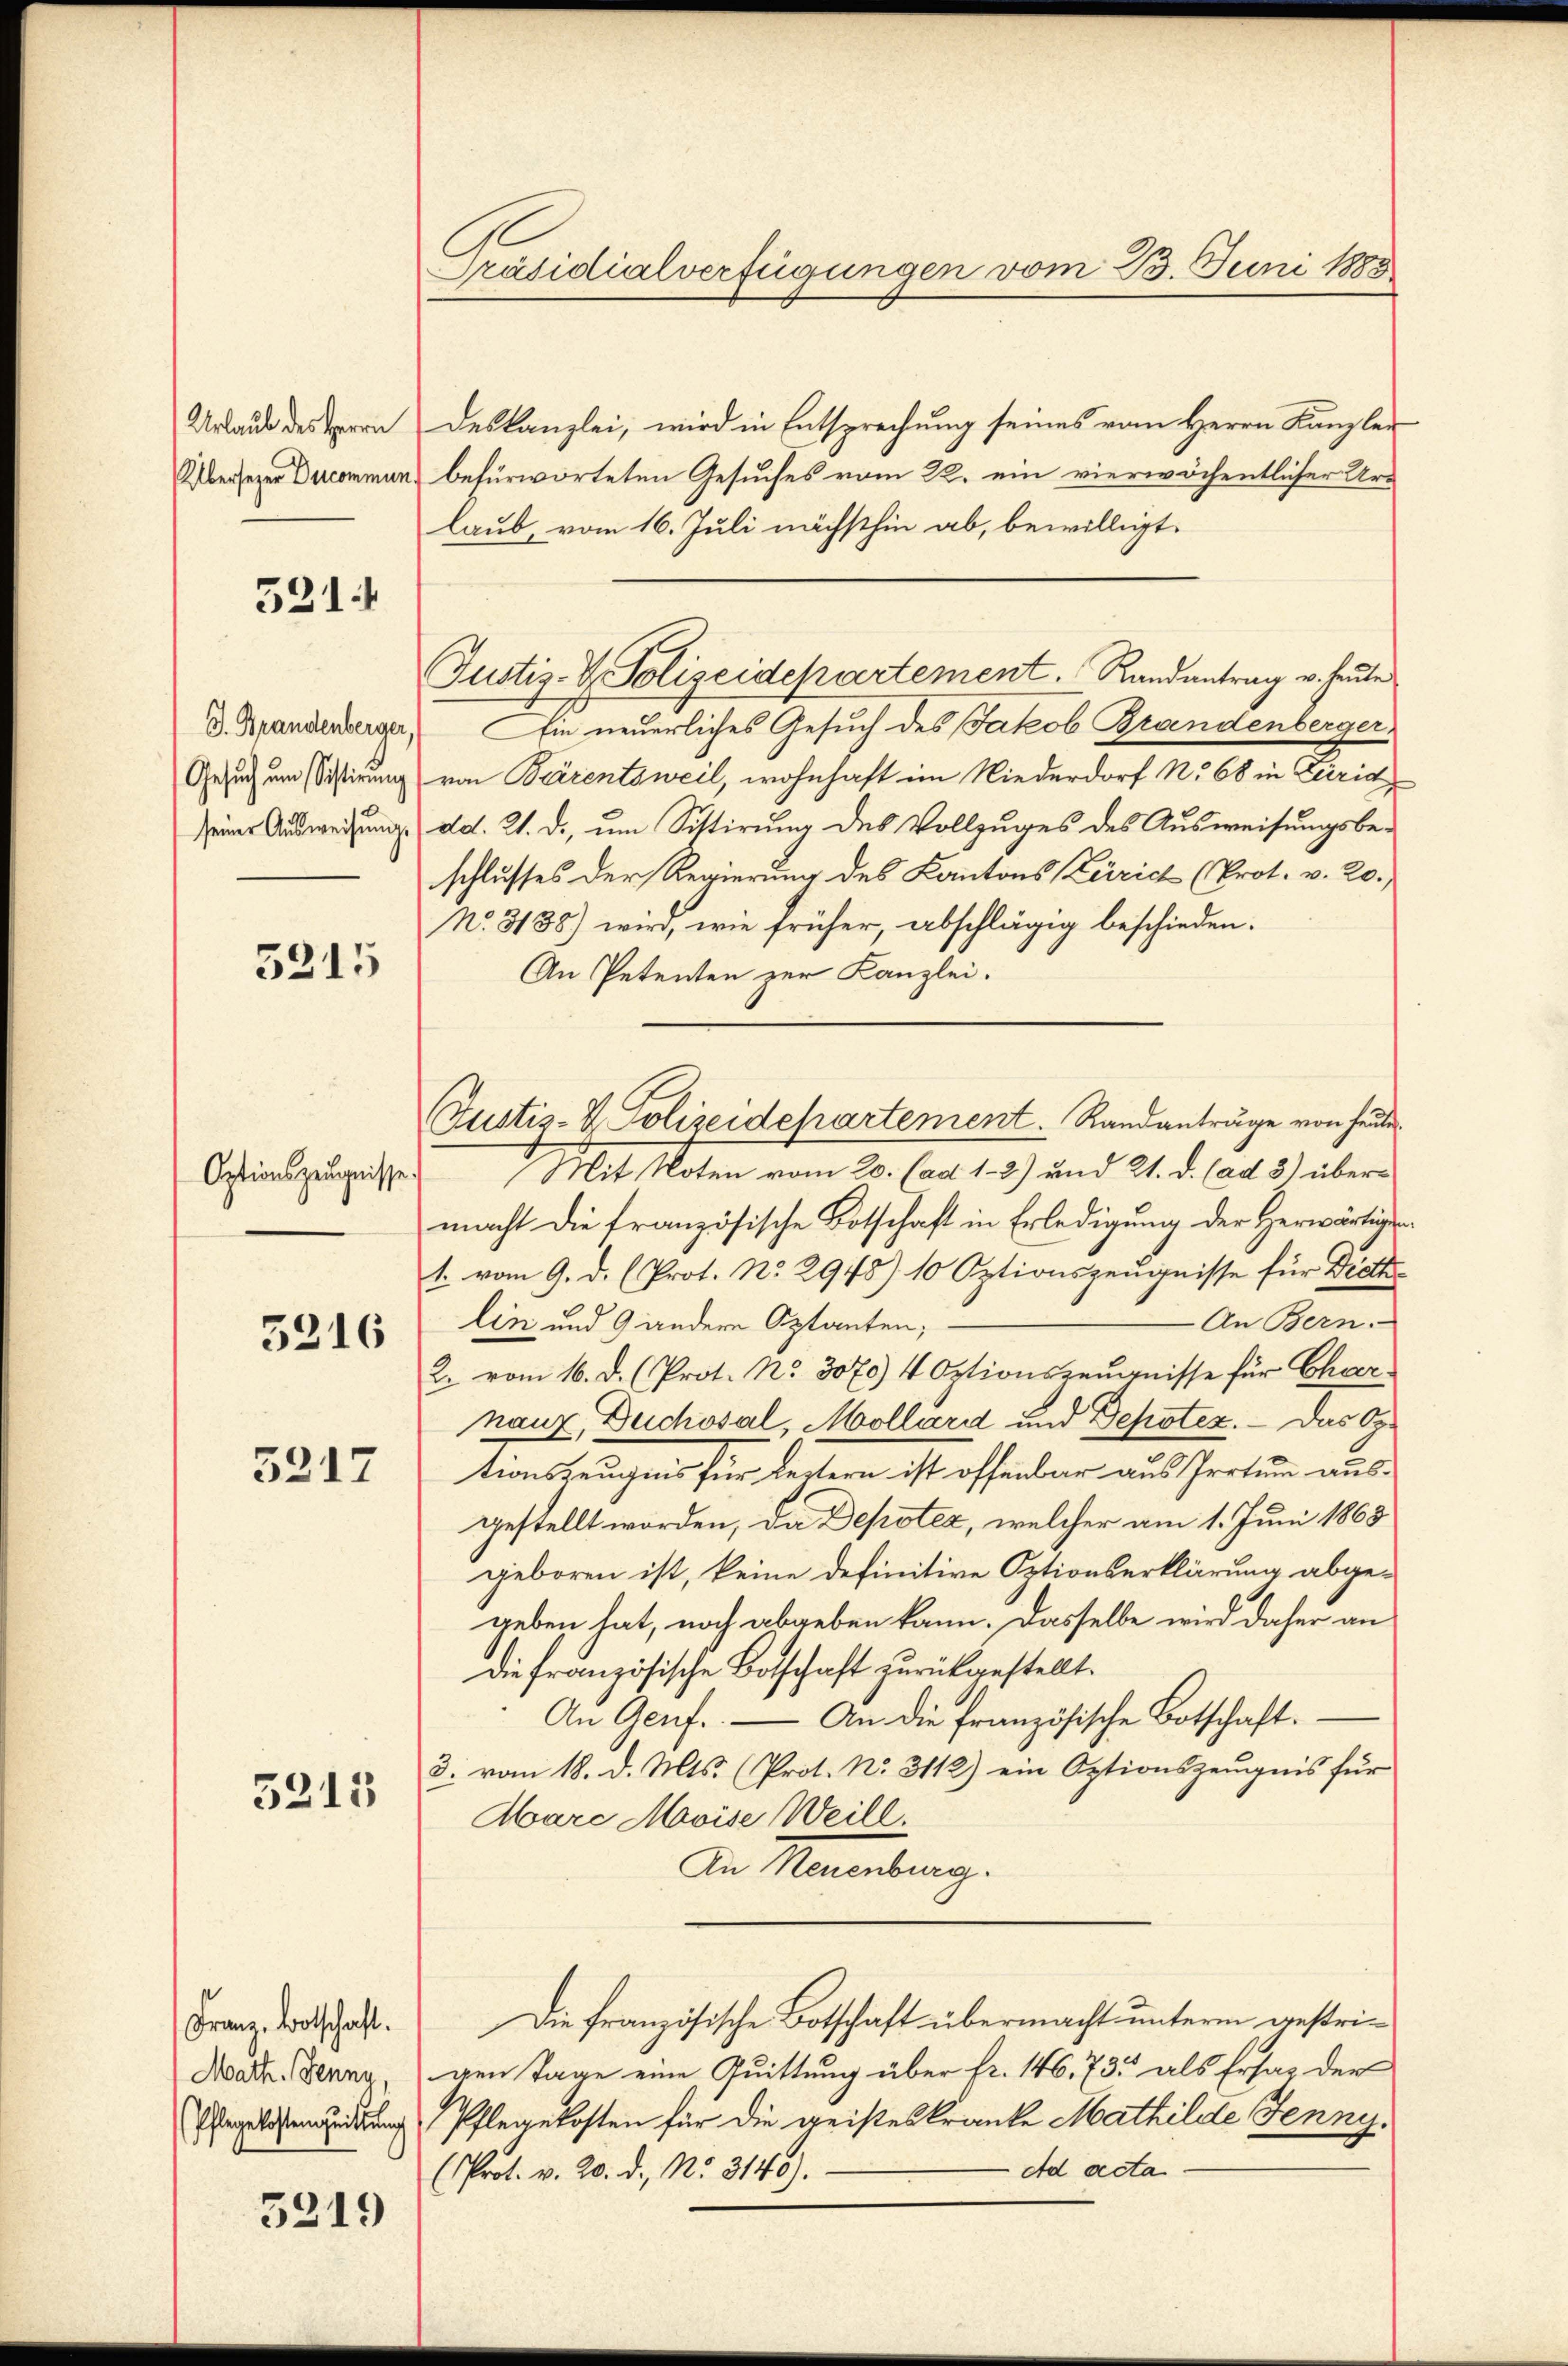
Urlaub des Herrn
Übersezer Ducommun

521.

J. Brandenberger,
Gesuch um Sistirung
seiner Aŭsweisŭng.

5215

Optionszeugnisse.

3216

5217

5215

Franz Bootschaft.
Math. Jenne,
Pflegekostenquittung

5219

Präsidialverfügungen vom 23. Juni 1883

deskanzlei, wird in Entsprechung seines vom Herrn Kanzler
befürworteten Gesuches vom 22. ein vierwöchentlicher Urlaub, vom 16. Juli nächsthin ab, bewilligt.
Ein neuerliches Gesuch des Jakob Brandenbergervon Bärentsweil, wohnhaft im Niederdorf No 68 in Züric
dd. 21. d., um Sittirung des Vollzuges des Ausweisungsbeschlusses der Regierung des Kantons Zürich (Prot. v. 20.
No. 3138) wird, wie früher, abschlägig beschieden.
An Petenten zur Kanzlei.
Mit Noten vom 20. (ad 12) und 21. d. (ad 3) übermacht die französische Botschaft in Erledigung der Herwärtigen
1. vom 9. d. (Prot. No. 2948) 10 Optionszeugnisse für Dieth
An Bern.
lin und 9 andere Aptanten;
2. vom 16. d. (Prot. No. 3070) 4 Optionszeŭgnisse für Char
nanz, Duchosal, Mollard und Depotez. — Das Op.
tionszeugnis für Leitern ist offenbar aus Irrtum aus-
gestellt worden, da Depoter, welcher am 1. Juni 1868
geboren ist, keine definitive Optionserklärung abge-
geben hat, noch abgeben kann. Dasselbe wird daher an
Die französische Botschaft zurückgestellt.
An Genf. An die französische Botschaft.
3. vom 18. d. Mts. (Prot. No. 3112) ein Optionszeugnis für
Harc Mavise Weill.
An Neuenburg.
Die französische Botschaft übermacht unterm gestrigen Tage eine Quittung über fr. 146, 735 als Ersatz der
Pflegekosten für die geisteskranke Mathilde Jenny.
Ad acta
(Prot. v. 20. d. No. 3145).

Justiz- & Polizeidepartement. Randantrag v. heute

Zustiz- & Polizeidepartement. Randanträge von heute